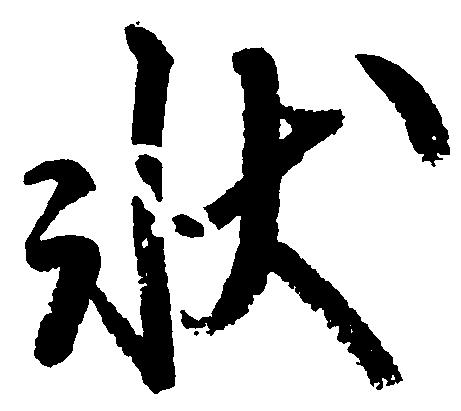
状